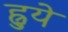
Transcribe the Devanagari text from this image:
ह्रुये